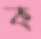
ক